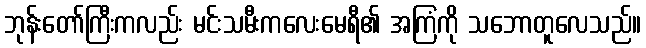
ဘုန်းတော်ကြီးကလည်း မင်းသမီးကလေးမေရီ၏ အကြံကို သဘောတူလေသည်။